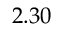
2 . 3 0